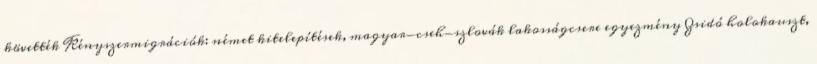
követték Kényszermigrációk: német kitelepítések, magyar-cseh-szlovák lakosságcsere egyezmény Zsidó holokauszt,